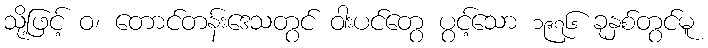
သို့ဖြင့် ဝ၊ တောင်တန်းဒေသတွင် ဝါးပင်တွေ ပွင့်သော ၁၉၇၆ ခုနှစ်တွင်မူ